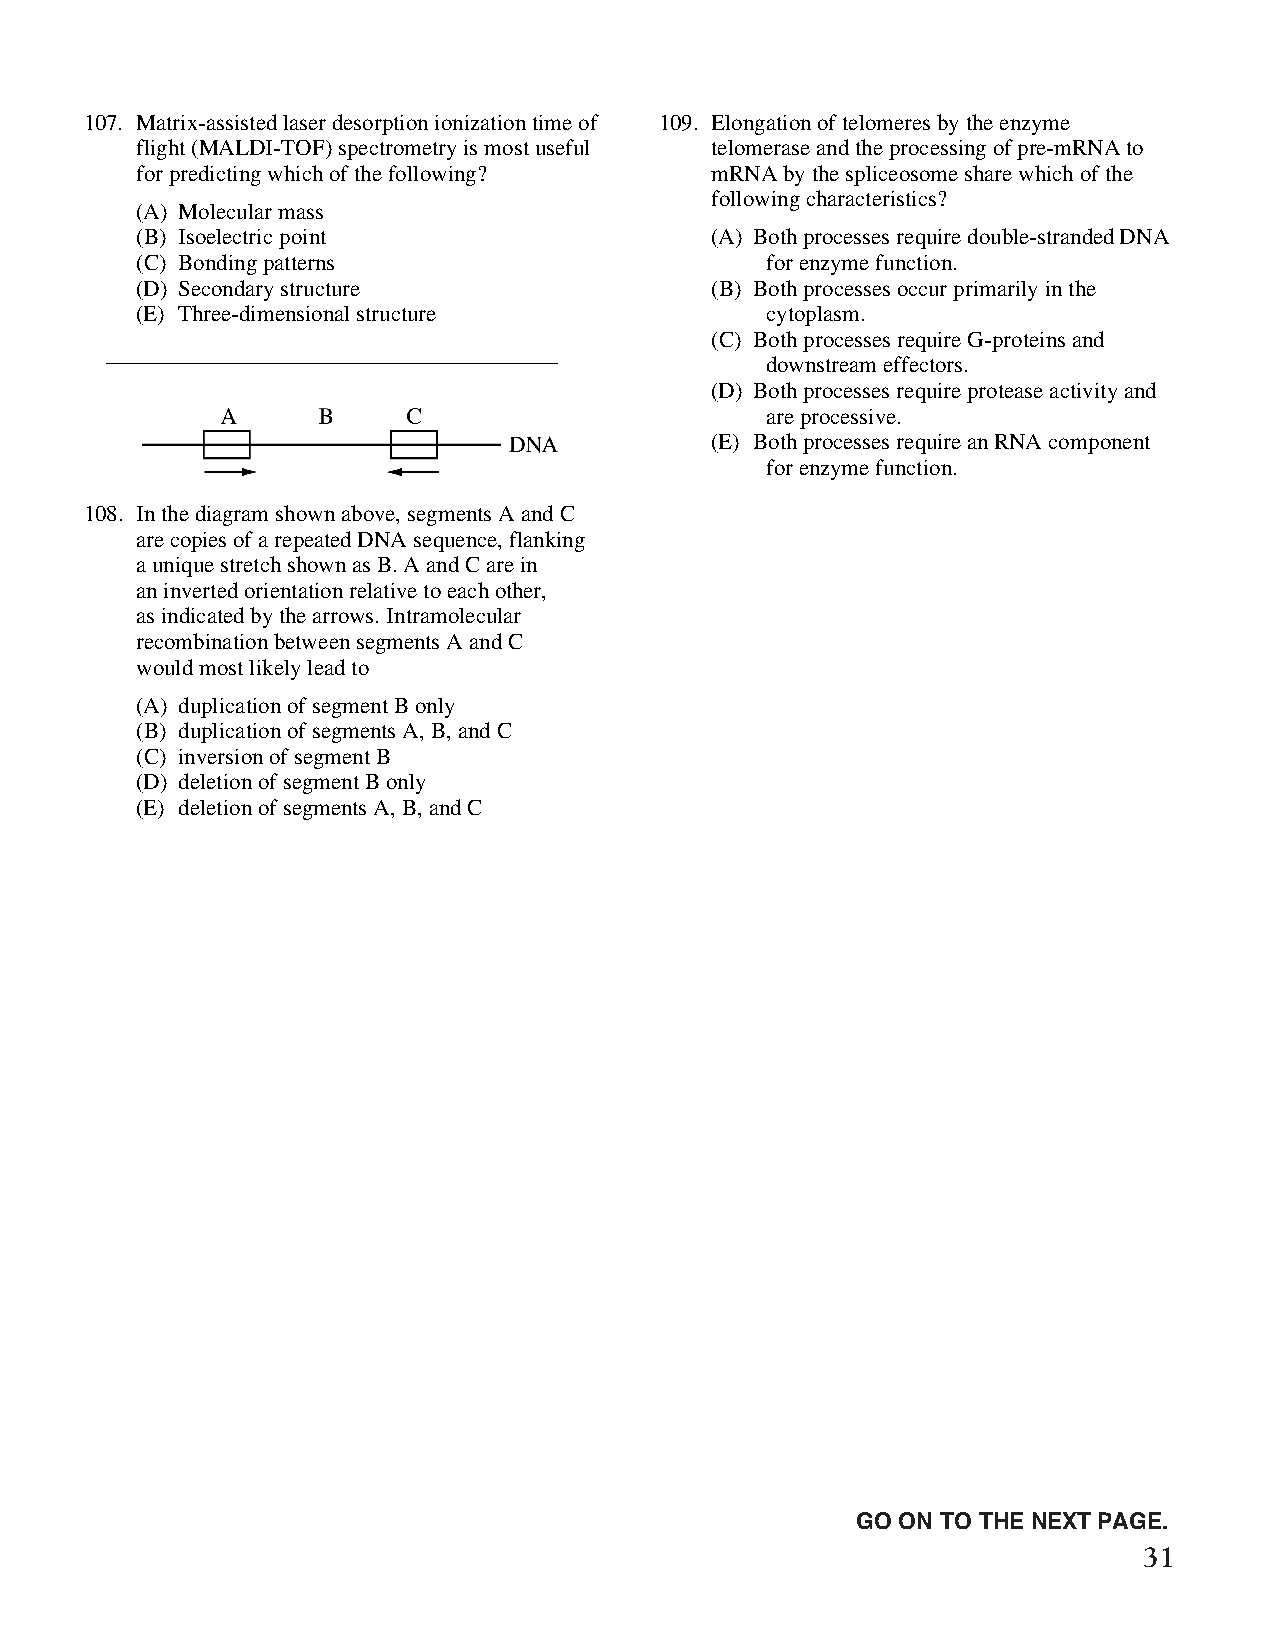
107. Matrix-assisted laser desorption ionization time of 109. Elongation of telomeres by the enzyme
 flight (MALDI-TOF) spectrometry is most useful telomerase and the processing of pre-mRNA to
 for predicting which of the following? mRNA by the spliceosome share which of the
 following characteristics?
 (A) Molecular mass
 (B) Isoelectric point                 (A) Both processes require double-stranded DNA
 (C) Bonding patterns                      for enzyme function.
 (D) Secondary structure               (B) Both processes occur primarily in the
 (E) Three-dimensional structure           cytoplasm.
 (C) Both processes require G-proteins and
 downstream effectors.
 (D) Both processes require protease activity and
 are processive.
 (E) Both processes require an RNA component
 for enzyme function.
 108. In the diagram shown above, segments A and C
 are copies of a repeated DNA sequence, flanking
 a unique stretch shown as B. A and C are in
 an inverted orientation relative to each other,
 as indicated by the arrows. Intramolecular
 recombination between segments A and C
 would most likely lead to
 (A) duplication of segment B only
 (B) duplication of segments A, B, and C
 (C) inversion of segment B
 (D) deletion of segment B only
 (E) deletion of segments A, B, and C
 Unauthorized copying or reuse of
 any part of this page is illegal.                GO ON TO THE NEXT PAGE.
 31
 GO ON TO THE NEXT PAGE.
 -23-
 007884-72507 GRE Biochemistry Test Practise Book • Dr01 4/17/08 ta • Dr02 5/7/08 ta • Dr03 5/20/08 ta • [NEW 108353] • CS6 • Dr01 5/1/15 jw • [New
 Job] 007884-113203 Drft01 3/22/16 ew